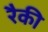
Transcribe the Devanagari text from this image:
रैकी